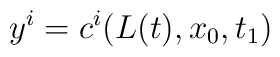
y^{i} = c^{i}(L(t), x_{0}, t_{1})